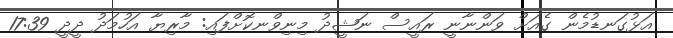
އަޅުގަނޑުމެން ގެއަށް ވަންނާނީ ރައީސް ނަޝީދު މިނިވްނކޮށްފައި: މާރިޔާ އަހުމަދު ދީދީ 17:39